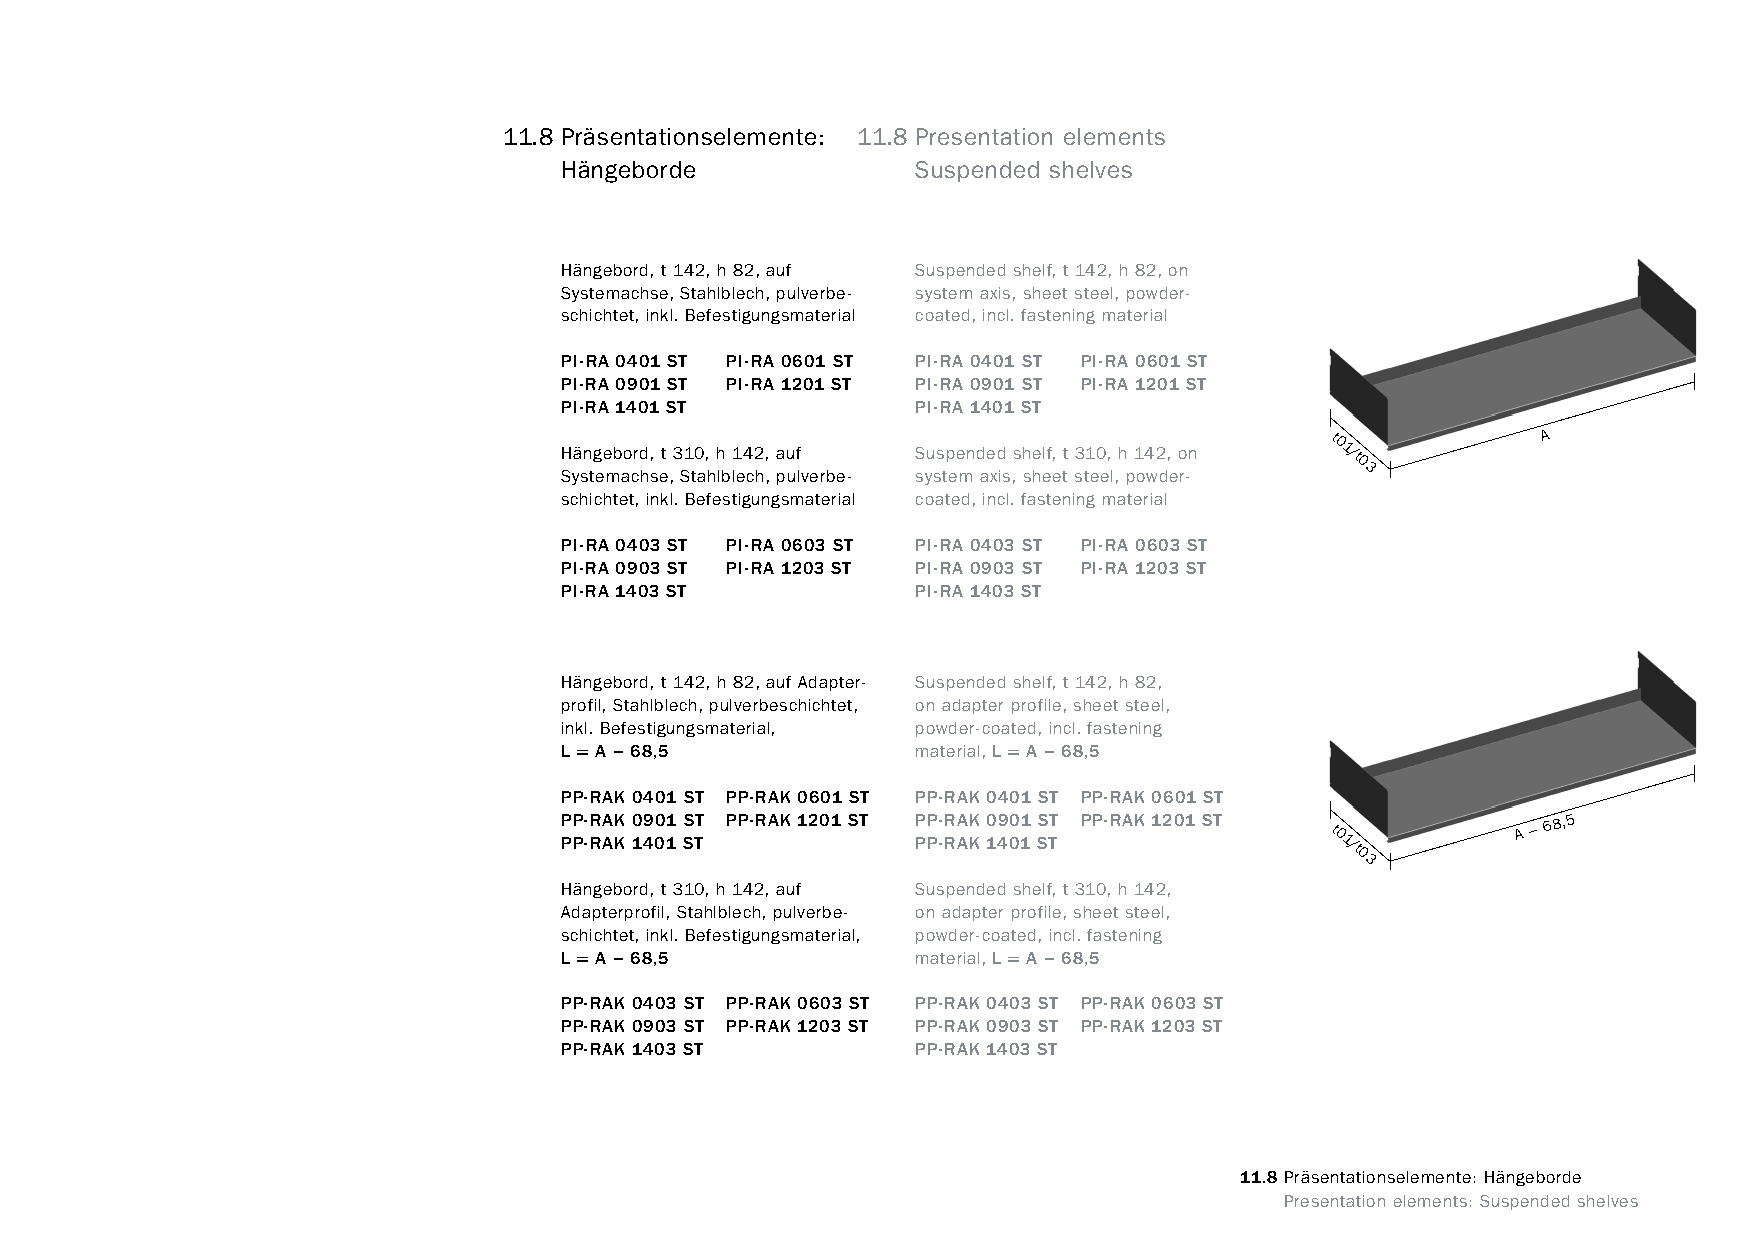
constructivpila petite       11.8 Präsentationselemente: 11.8 Presentation elements
 Hängeborde              Suspended shelves
 Hängebord, t 142, h 82, auf Suspended shelf, t 142, h 82, on
 Systemachse, Stahlblech, pulverbe- system axis, sheet steel, powder-
 schichtet, inkl. Befestigungsmaterial coated, incl. fastening material
 PI-RA 0401 ST PI-RA 0601 ST PI-RA 0401 ST PI-RA 0601 ST
 PI-RA 0901 ST PI-RA 1201 ST PI-RA 0901 ST PI-RA 1201 ST
 PI-RA 1401 ST           PI-RA 1401 ST
 H Syä sn tg ee mb ao crd hs, et ,3 S1 t0 a, hh lbl1 e4 c2 h,
 ,
 a pu uf
 lverbe-
 S syu ss tp ee mnd ae xd is,sh she elf, ett s3 t1 e0 e, l,h p1 o4 w2 d, eo r-n
 t01/t03       A
 schichtet, inkl. Befestigungsmaterial coated, incl. fastening material
 PI-RA 0403 ST PI-RA 0603 ST PI-RA 0403 ST PI-RA 0603 ST
 PI-RA 0903 ST PI-RA 1203 ST PI-RA 0903 ST PI-RA 1203 ST
 PI-RA 1403 ST           PI-RA 1403 ST
 Hängebord, t 142, h 82, auf Adapter- Suspended shelf, t 142, h 82,
 profil, Stahlblech, pulverbeschichtet, on adapter profile, sheet steel,
 inkl. Befestigungsmaterial, powder-coated, incl. fastening
 L = A – 68,5            material, L = A – 68,5
 PP-RAK 0401 ST PP-RAK 0601 ST PP-RAK 0401 ST PP-RAK 0601 ST
 PP PP -- RRA AKK 10 49 00 11 SS TT PP-RAK 1201 ST PP PP -- RR AA KK 10 49 00 11 SS TT PP-RAK 1201 ST
 t01/t03     A –
 68,5
 Hängebord, t 310, h 142, auf Suspended shelf, t 310, h 142,
 Adapterprofil, Stahlblech, pulverbe- on adapter profile, sheet steel,
 schichtet, inkl. Befestigungsmaterial, powder-coated, incl. fastening
 L = A – 68,5            material, L = A – 68,5
 PP-RAK 0403 ST PP-RAK 0603 ST PP-RAK 0403 ST PP-RAK 0603 ST
 PP-RAK 0903 ST PP-RAK 1203 ST PP-RAK 0903 ST PP-RAK 1203 ST
 PP-RAK 1403 ST          PP-RAK 1403 ST
 11.8 Präsentationselemente: Hängeborde
 www.burkhardtleitner.de                                                          Presentation elements: Suspended shelves